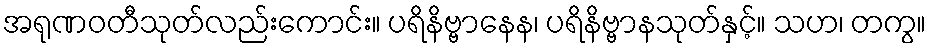
အရုဏဝတီသုတ်လည်းကောင်း။ ပရိနိဗ္ဗာနေန၊ ပရိနိဗ္ဗာနသုတ်နှင့်။ သဟ၊ တကွ။